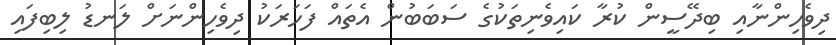
ދިވެހިންނާއި ބިދޭސީން ކުރާ ކައިވެނިތަކުގެ ސަބަބުން އެތައް ފަހަރަކު ދިވެހިންނަށް ލަނޑު ލިބިފައި